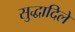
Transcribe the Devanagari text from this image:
सुद्धादिले